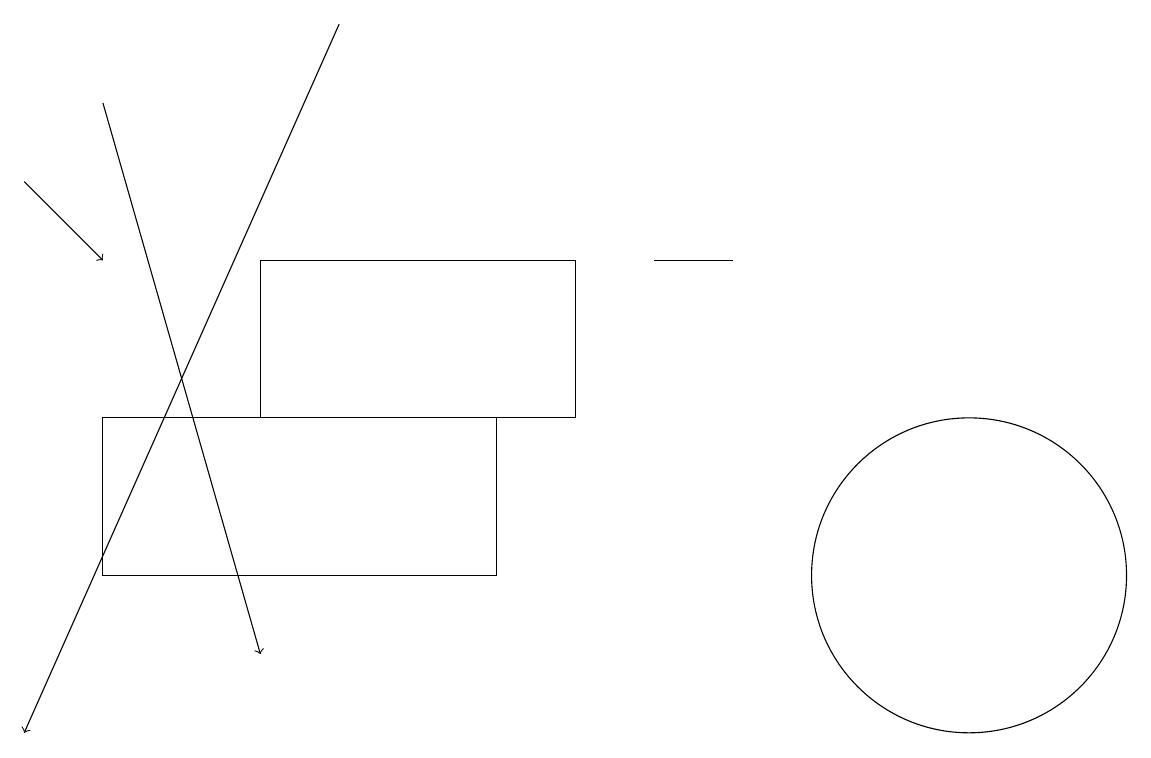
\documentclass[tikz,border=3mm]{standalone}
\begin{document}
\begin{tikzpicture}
\draw[->] (1,18) -- (3,11);
\draw (9,16) rectangle (8,16);
\draw (6,12) rectangle (1,14);
\draw (7,14) rectangle (3,16);
\draw[->] (0,17) -- (1,16);
\draw (12,12) circle (2);
\draw[->] (4,19) -- (0,10);
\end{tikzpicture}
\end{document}